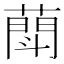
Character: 𦻶